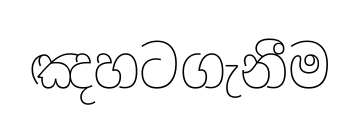
ඤහටගැනීම